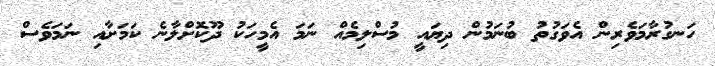
ހަނގުރާމަވެރިން އެވަގުތު ބުނަމުން ދިޔައީ މުސްލިމެއް ނަމަ އެމީހަކު ދޫކޮށްލާނެ ކަމަށާއި ނަމަވެސް